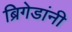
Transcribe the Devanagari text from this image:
ब्रिगेडांनी